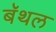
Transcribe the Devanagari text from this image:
बॅथल